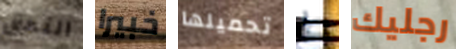
التحق خبيرا تحميلها ط رجليك